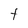
Character: t